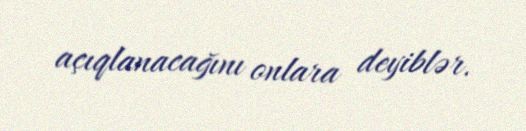
açıqlanacağını onlara deyiblər.